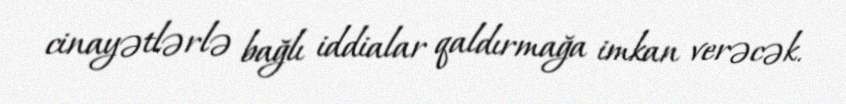
cinayətlərlə bağlı iddialar qaldırmağa imkan verəcək.